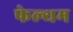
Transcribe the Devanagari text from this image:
फेल्थम